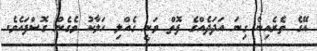
އޭގެ ތެރެއިން ގިނަ އަދަދެއްގެ ފޮތް ވަނީ ގެއްލި ހަލާކު ވެގެން ގޮސްފައެވެ.